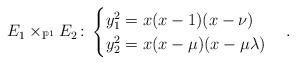
LaTeX: \begin{align*}E_1\times_{\mathbb{P}^1}E_2\colon \begin{cases}y_1^2= x(x-1)(x-\nu)\\y_2^2= x(x-\mu)(x-\mu\lambda)\end{cases}.\end{align*}